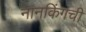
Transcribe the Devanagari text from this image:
नानकिंगची